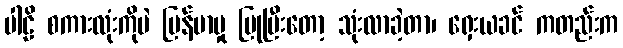
ပါဠိ စကားလုံးကိုပဲ မြန်မာမှု ပြုပြီးတော့ သုံးလာခဲ့တာ၊ ရှေးယခင် ကတည်းက